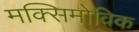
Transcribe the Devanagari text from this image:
मक्सिमोविक